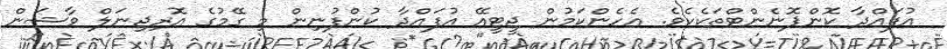
އުފައްދާ ކޮންޕޮނެންޓްތަކެކެވެ. އެހެންކަމުން ޖީޓީއޭ އުފައްދާ ކުންފުނިން މި ގޭމުގެ އޮރިޖިނަލް ވާޝަން